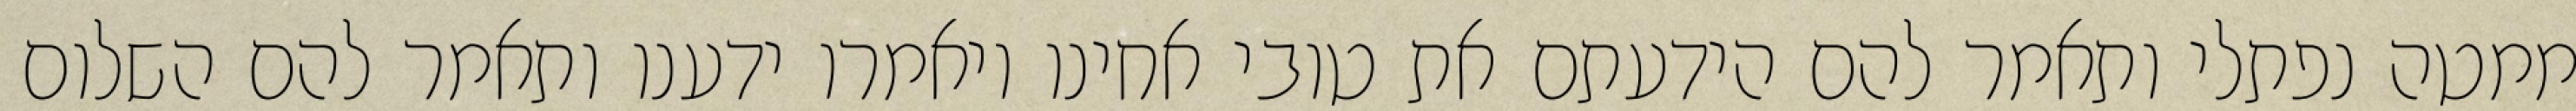
ממטה נפתלי ותאמר להם הידעתם את טובי אחינו ויאמרו ידענו ותאמר להם השלום